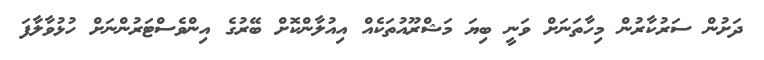
ދަށުން ސަރުކާރުން މިހާތަނަށް ވަނީ ބިޔަ މަޝްރޫއުތަކެއް އިއުލާންކޮށް ބޭރުގެ އިންވެސްޓަރުންނަށް ހުޅުވާލާފަ